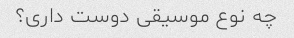
چه نوع موسیقی دوست داری؟